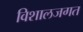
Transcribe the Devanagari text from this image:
विशालजगत